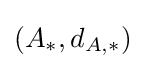
(A_{*},d_{A,*})